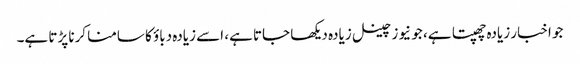
جو اخبار زیادہ چھپتا ہے، جو نیوز چینل زیادہ دیکھا جاتا ہے، اسے زیادہ دباؤ کا سامنا کرنا پڑتا ہے۔